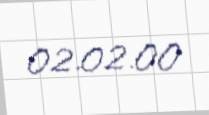
02.02.00